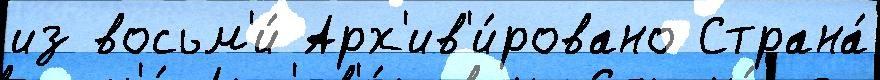
из восьм'и́ Арх'ив'и́ровано Страна́